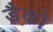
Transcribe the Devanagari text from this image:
डैको